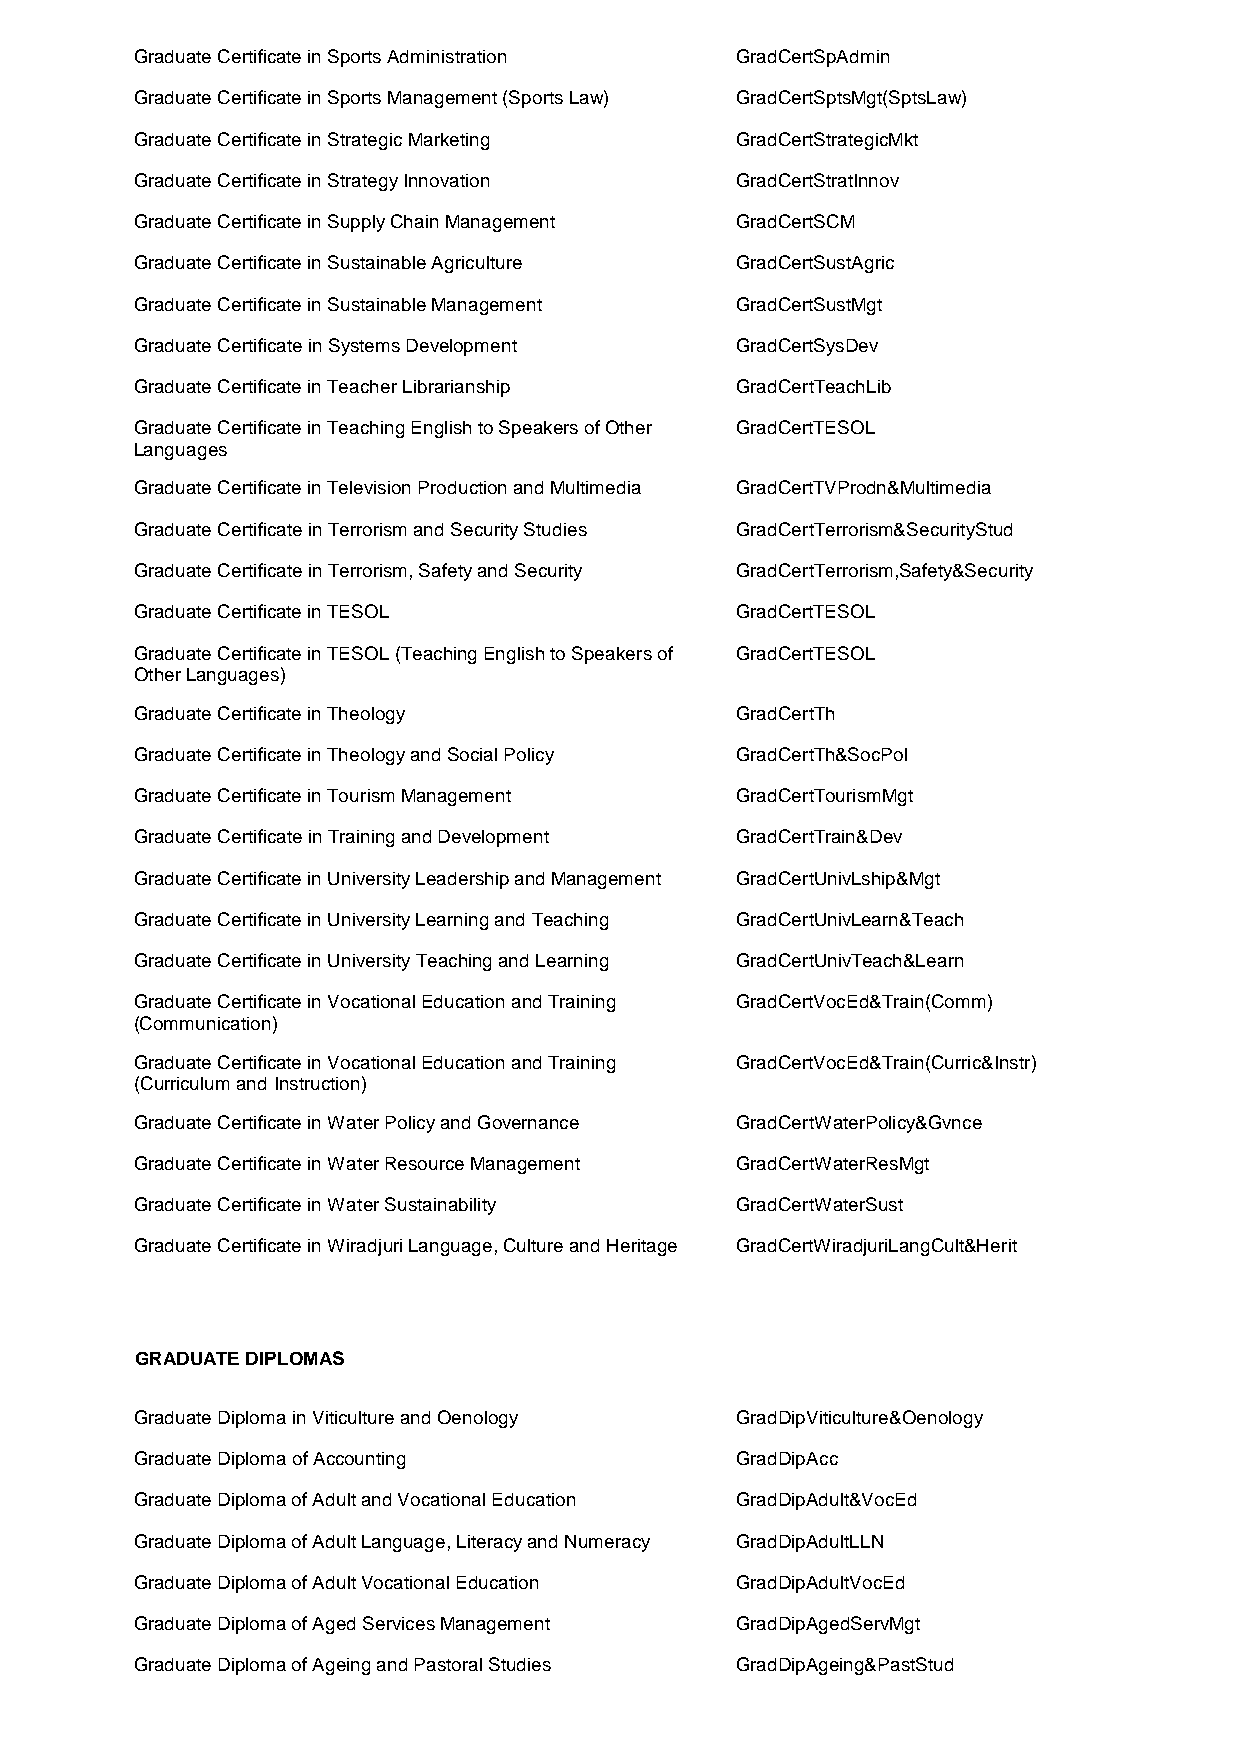
Graduate Certificate in Sports Administration GradCertSpAdmin
 Graduate Certificate in Sports Management (Sports Law) GradCertSptsMgt(SptsLaw)
 Graduate Certificate in Strategic Marketing GradCertStrategicMkt
 Graduate Certificate in Strategy Innovation GradCertStratInnov
 Graduate Certificate in Supply Chain Management GradCertSCM
 Graduate Certificate in Sustainable Agriculture GradCertSustAgric
 Graduate Certificate in Sustainable Management GradCertSustMgt
 Graduate Certificate in Systems Development GradCertSysDev
 Graduate Certificate in Teacher Librarianship GradCertTeachLib
 Graduate Certificate in Teaching English to Speakers of Other GradCertTESOL
 Languages
 Graduate Certificate in Television Production and Multimedia GradCertTVProdn&Multimedia
 Graduate Certificate in Terrorism and Security Studies GradCertTerrorism&SecurityStud
 Graduate Certificate in Terrorism, Safety and Security GradCertTerrorism,Safety&Security
 Graduate Certificate in TESOL           GradCertTESOL
 Graduate Certificate in TESOL (Teaching English to Speakers of GradCertTESOL
 Other Languages)
 Graduate Certificate in Theology        GradCertTh
 Graduate Certificate in Theology and Social Policy GradCertTh&SocPol
 Graduate Certificate in Tourism Management GradCertTourismMgt
 Graduate Certificate in Training and Development GradCertTrain&Dev
 Graduate Certificate in University Leadership and Management GradCertUnivLship&Mgt
 Graduate Certificate in University Learning and Teaching GradCertUnivLearn&Teach
 Graduate Certificate in University Teaching and Learning GradCertUnivTeach&Learn
 Graduate Certificate in Vocational Education and Training GradCertVocEd&Train(Comm)
 (Communication)
 Graduate Certificate in Vocational Education and Training GradCertVocEd&Train(Curric&Instr)
 (Curriculum and Instruction)
 Graduate Certificate in Water Policy and Governance GradCertWaterPolicy&Gvnce
 Graduate Certificate in Water Resource Management GradCertWaterResMgt
 Graduate Certificate in Water Sustainability GradCertWaterSust
 Graduate Certificate in Wiradjuri Language, Culture and Heritage GradCertWiradjuriLangCult&Herit
 GRADUATE DIPLOMAS
 Graduate Diploma in Viticulture and Oenology GradDipViticulture&Oenology
 Graduate Diploma of Accounting          GradDipAcc
 Graduate Diploma of Adult and Vocational Education GradDipAdult&VocEd
 Graduate Diploma of Adult Language, Literacy and Numeracy GradDipAdultLLN
 Graduate Diploma of Adult Vocational Education GradDipAdultVocEd
 Graduate Diploma of Aged Services Management GradDipAgedServMgt
 Graduate Diploma of Ageing and Pastoral Studies GradDipAgeing&PastStud